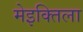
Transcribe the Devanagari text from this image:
मेइक्तिला